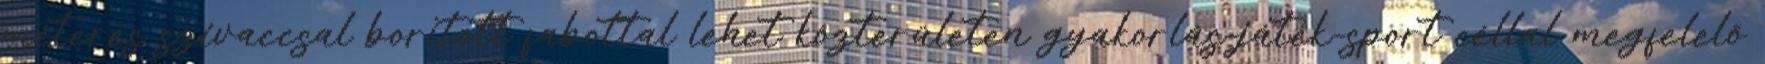
méteres szivaccsal borított fabottal lehet közterületen gyakorlás-játék-sport céllal megfelelő